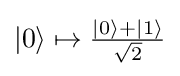
{\textstyle |0\rangle \mapsto {\frac {|0\rangle +|1\rangle }{\sqrt {2}}}}